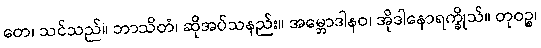
တေ၊ သင်သည်။ ဘာသိတံ၊ ဆိုအပ်သနည်း။ အမ္ဘောဒါနဝ၊ အိုဒါနောရက္ခိုသ်။ တုဝဉ္စ၊